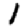
Digit: 1